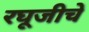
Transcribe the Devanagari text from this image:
रघूजीचे